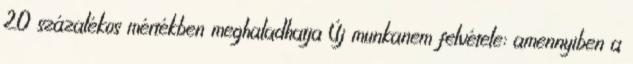
20 százalékos mértékben meghaladhatja Új munkanem felvétele: amennyiben a